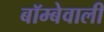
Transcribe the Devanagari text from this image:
बॉम्बेवाली